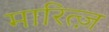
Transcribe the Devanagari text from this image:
मारित्ज़